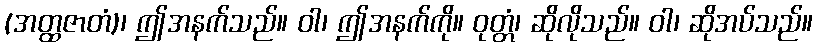
(အတ္ထဇာတံ)၊ ဤအနက်သည်။ ဝါ၊ ဤအနက်ကို။ ဝုတ္တံ၊ ဆိုလိုသည်။ ဝါ၊ ဆိုအပ်သည်။